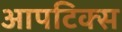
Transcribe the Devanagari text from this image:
आपटिक्स